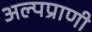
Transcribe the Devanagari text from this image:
अल्पप्राणी